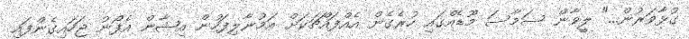
ގުޅާވަރުން..." ލީވާން ސަމާސަ މޫޑެއްގައި ހުރެގެން އެއްފައްޗަކަށް އަމުނާލިފަހުން އިޝާން އެފޯނު ޖަހައިގެންފައި